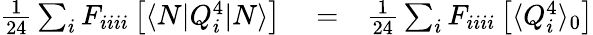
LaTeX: \begin{array}{rlr}{\frac{1}{24}\sum_{i}F_{iiii}\left[\langle N|Q_{i}^{4}|N\rangle\right]}&{{}=}&{\frac{1}{24}\sum_{i}F_{iiii}\left[\langle{Q_{i}^{4}}\rangle_{0}\right]}\end{array}